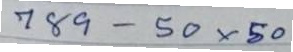
789 - 50x50